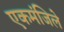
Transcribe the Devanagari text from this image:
एकमंजिले